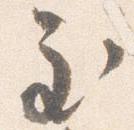
至